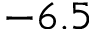
- 6 . 5